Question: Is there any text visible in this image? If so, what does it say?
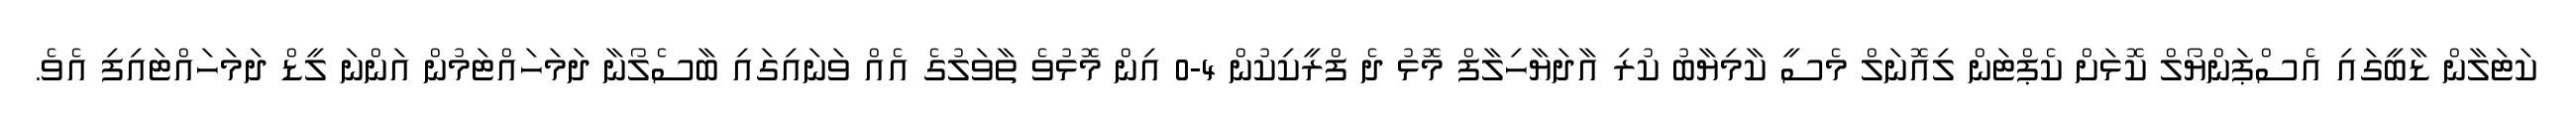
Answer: ކަޓަލާން ޑާބީގައި އެސްޕަންޔޯލް ކޮޅަށް ކެޕްޓަން ލިއޮނަލް މެސީ ކާމިޔާބު ކުރި އާދަޔާހިލާފް މޮޅު ދެ ފްރީކިކުން 4-0 އިން މޮޅުވެ ތާވަލުގެ އެއް ވަނައިގައި ބާސެލޯނާ ދަމަހައްޓަމުން އަންނަ ލީޑް ދަމަހައްޓައިފި އެވެ.